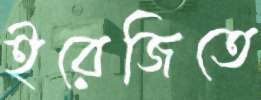
ইরেজিতে